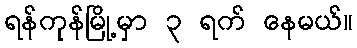
ရန်ကုန်မြို့မှာ ၃ ရက် နေမယ်။